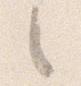
之